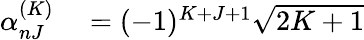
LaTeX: \begin{array}{r}{\begin{array}{rl}{\alpha_{nJ}^{(K)}}&{{}=(-1)^{K+J+1}\sqrt{2K+1}}\end{array}}\end{array}